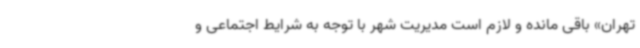
تهران» باقی مانده و لازم است مدیریت شهر با توجه به شرایط اجتماعی و